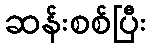
ဆန်းစစ်ပြီး